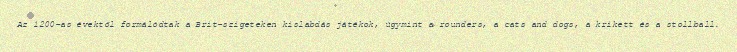
Az 1200-as évektől formálódtak a Brit-szigeteken kislabdás játékok, úgymint a rounders, a cats and dogs, a krikett és a stollball.